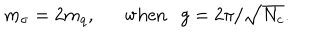
LaTeX: m _ { \sigma } = 2 m _ { q } , \mathrm { w h e n } g = 2 \pi / \sqrt { N _ { c } } .